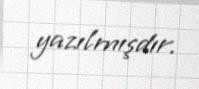
yazılmışdır.